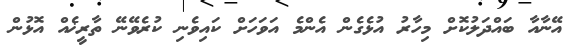
އޭނާއާ ބައްދަލުކޮށް މިހާރު އުޅެގެން އެންމެ އަވަހަށް ކައިވެނި ކުރެވޭނޭ ތާރީޚެއް އޮޅުން